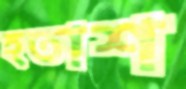
হতাশ